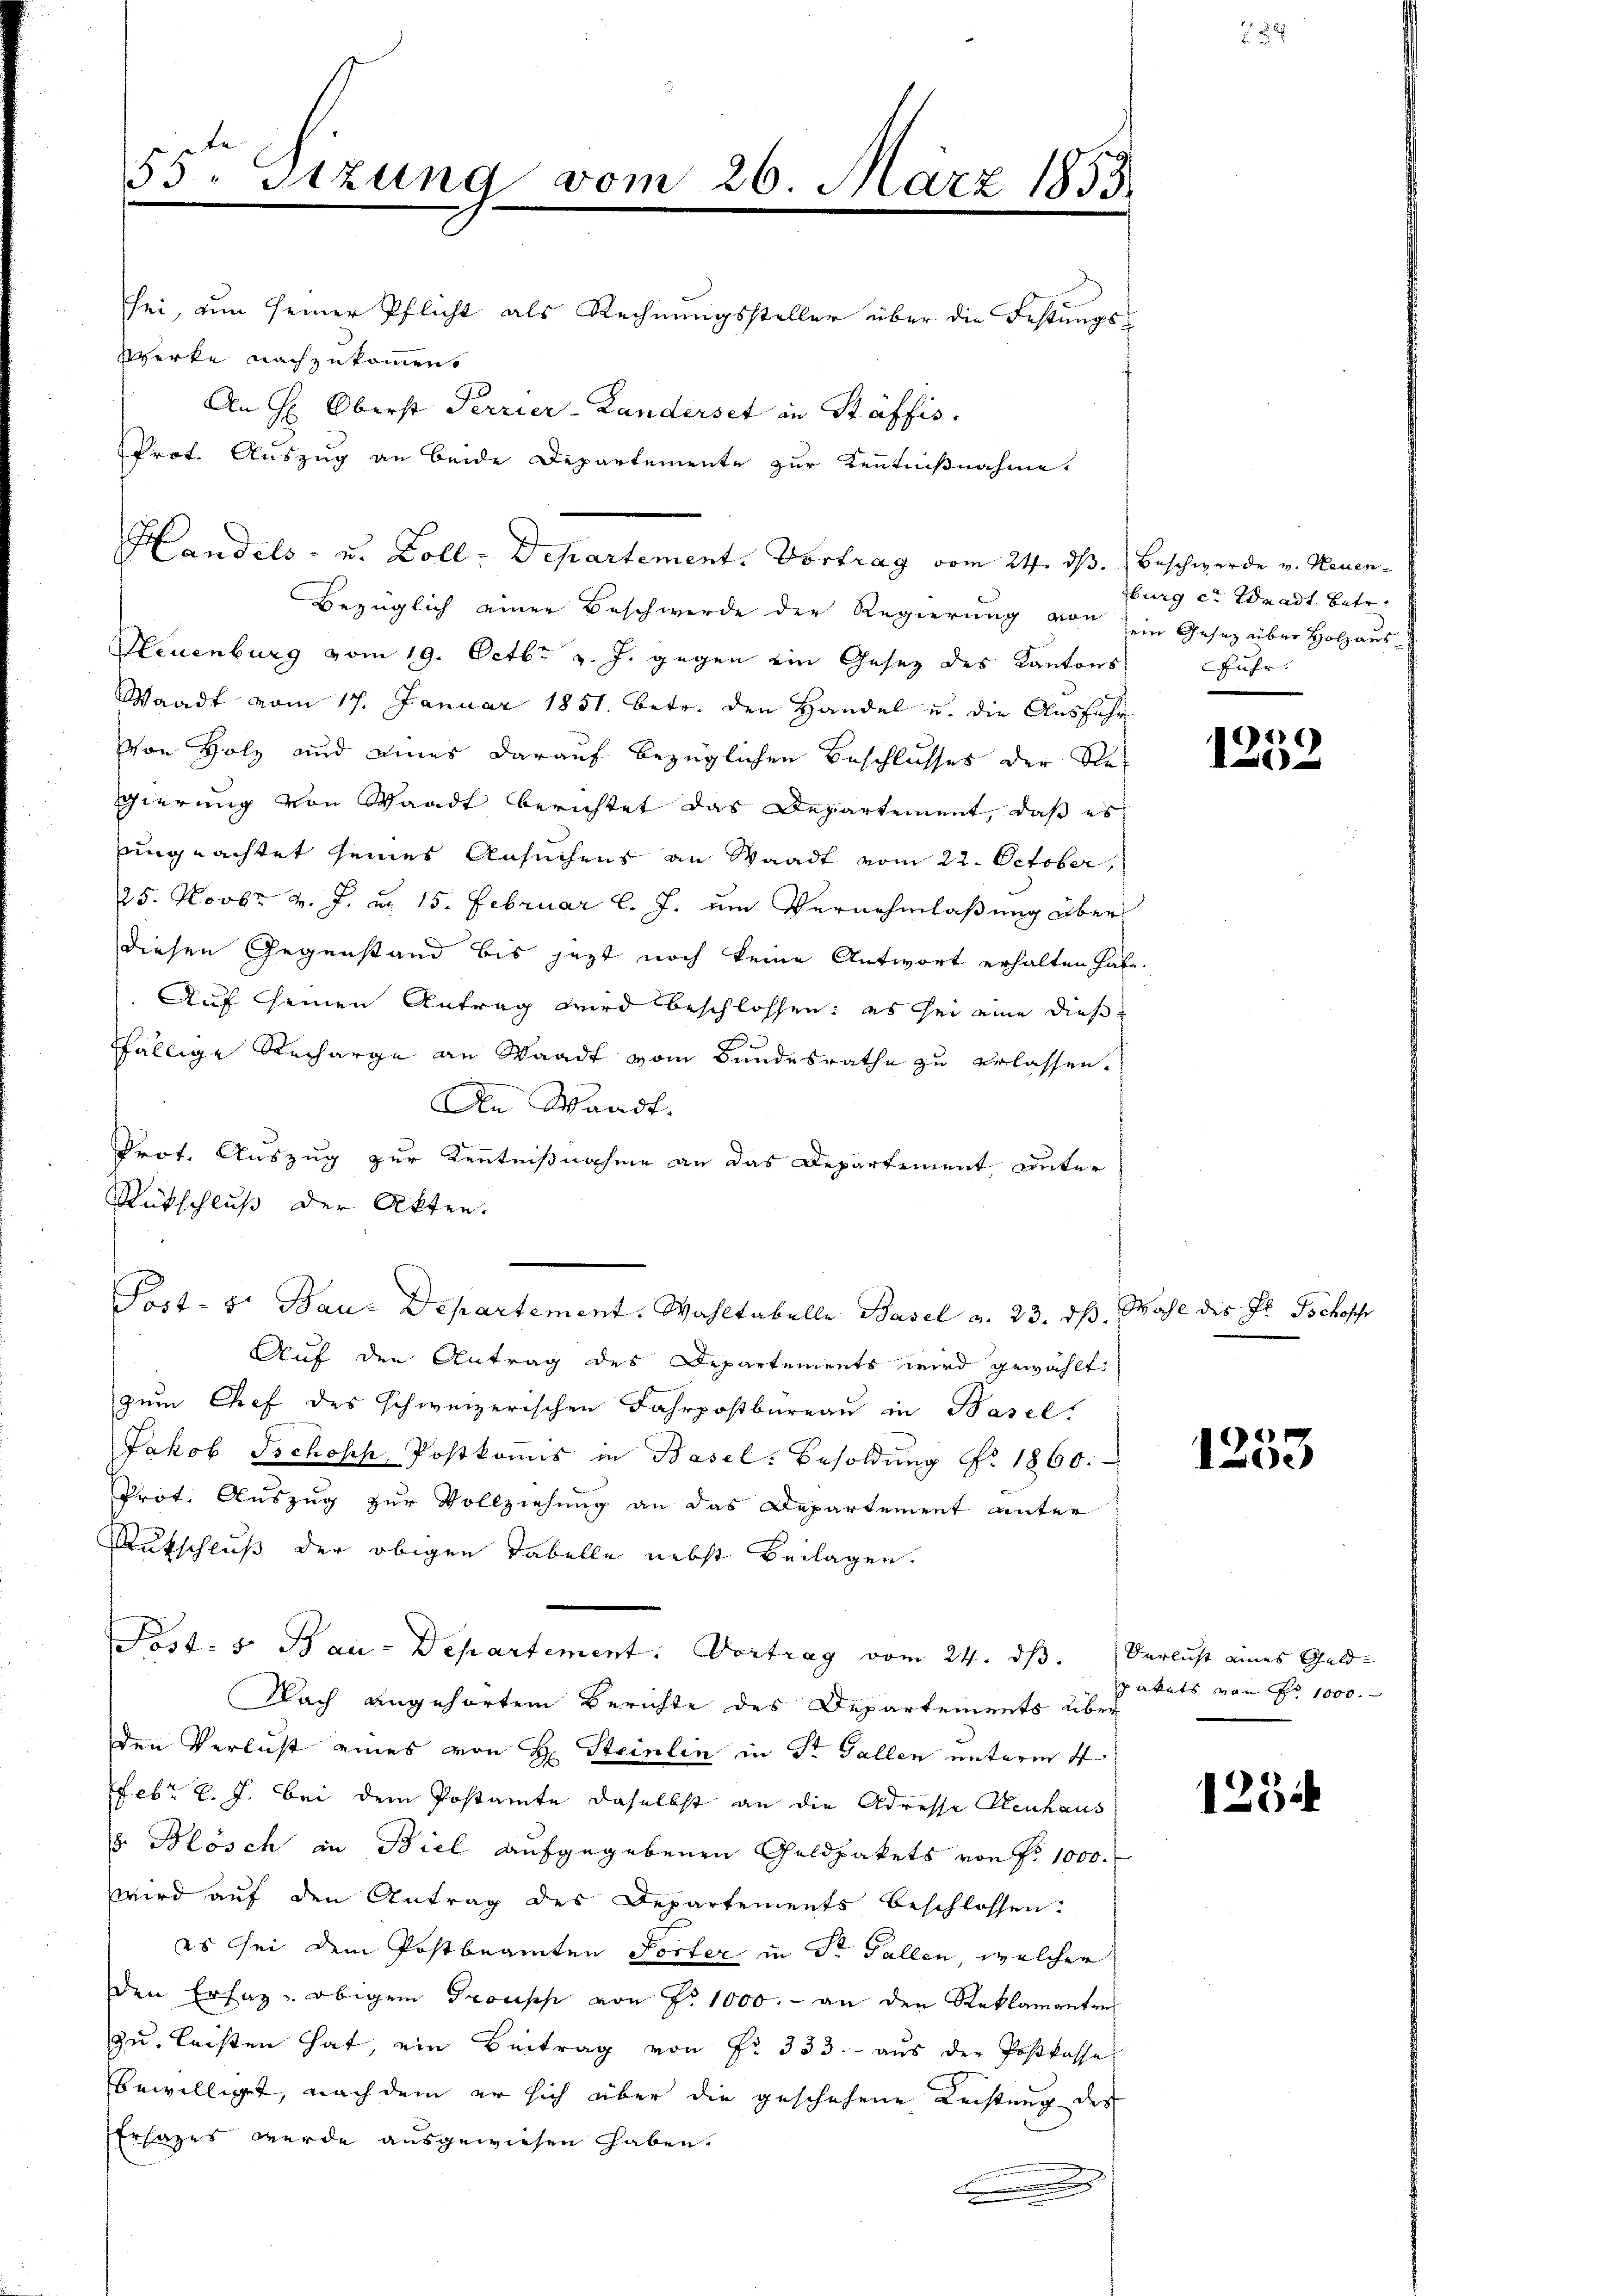
e
55 Sizung vom 26. März 1853.
e

Bezüglich einer Beschwerde der Regierung von
Neuenburg vom 19. Octbr. v. J. gegen ein Gesez des Kantons
Waadt vom 17. Januar 1851. betr. den Handel u. die Aŭsfahr
Von Holz und eines darauf bezüglichen Beschlusses der Regierung von Waadt berichtet das Departement, daß es
sungeachtet seines Ansuchens an Waadt vom 22. October,
25. Novbr. v. J. u. 15. Februar l. J. um Vernehmlaßung über
diesen Gegenstand bis jezt noch keine Antwort erhalten hat
Auf seinen Antrag wird beschlossen: es sei eine diese
fällige Recharge an Waadt vom Bundesrathe zu erlassen.
.
An Waadt.
Prot. Auszug zur Kenntnißnahme an das Departement, unter
Rütschluß der Akten.
Post- 5. Bau-Departement. Wahltabelle Basel a. 23. ds. Wahl des Fr. Tschoff
Auf den Antrag des Departements wird gewählt:
zum Chef des schweizerischen Fahrpostbureau in Basel.
Jakob Tschosch, Postkomis in Basel: Besoldung Nr. 1860.
Prot. Auszug zur Vollziehung an das Departement unter
Rutschluß der obigen Tabelle nebst Beilagen.
Post- u Bau-Departement. Vortrag vom 24. dβ.
Nach angehörtem Berichte des Departements über
den Verlust eines von H. Steinlin in Dr. Gallen unterm 4
Febr. l. J. bei dem Postamte daselbst an die Adresse Plenhaus
 Blösch in Biel aufgegebenen Geldpakets von P. 1000.
wird auf den Antrag des Departements beschlossen:
es sei dem Postbeamten Forter in Dr Fallen, welcher
den Erfag - obigem Groupp von Fr. 1000.- an den Reklamanten
zu leisten hat, ein Beitrag von Fr. 333.- aus der Postkasse
bewilliget, nach dem er sich über die geschehene Leistung des
Ersatzes werde ausgewiesen haben.
2
.

sei, um seiner Pflicht als Rechnungssteller über die Festungs¬
Werke nachzukommen.
An H: Oberst Terrier-Landerset in Stäffis
Prot. Auszug an beide Departemente zur Kenntnißnahme

Handels- u. Koll-Departement. Vortrag vom 24. dß. Beschwerde v. Neuen-

burg cr Waadt betr.
ein Gesetz über Holzaus
fuhr.

e
1

1253

Verlust eines Geld-
pakets von No 1000.

123